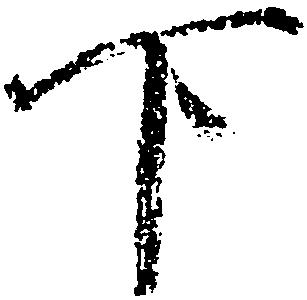
下